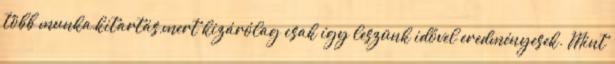
több munka,kitartás,mert kizárólag csak így leszünk idővel eredményesek. Mint